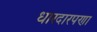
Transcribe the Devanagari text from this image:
धारदारपणा